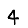
Digit: 4